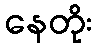
နေတိုး